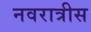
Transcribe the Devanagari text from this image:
नवरात्रीस